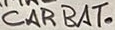
Text: CAR BAT.